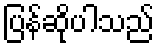
ပြန်ဆိုပါသည်